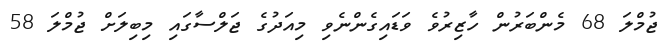
ޖުމްލަ 68 މެންބަރުން ހާޒިރުވެ ވަޑައިގެންނެވި މިއަދުގެ ޖަލްސާގައި މިބިލަށް ޖުމްލަ 58